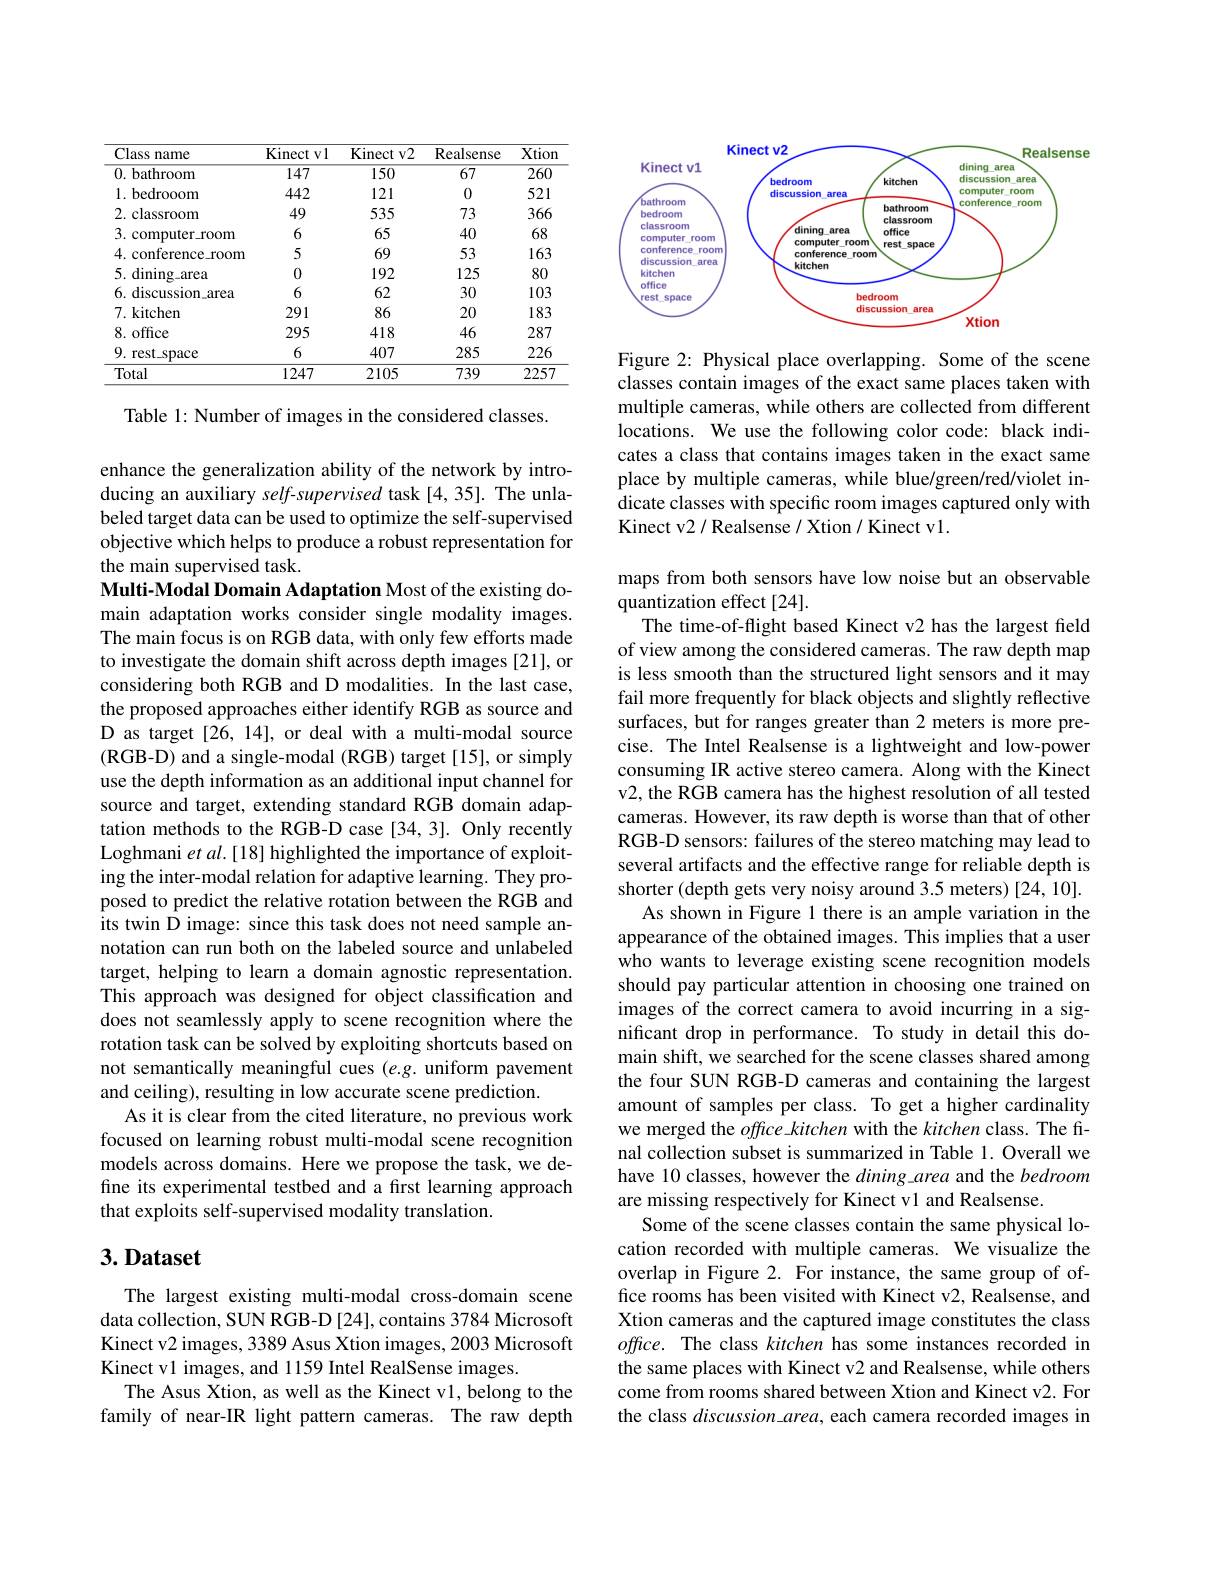
<table>
	<tbody>
		<tr>
			<th>Class name</th>
			<th>Kinect $tv1$</th>
			<th>Kinect v2</th>
			<th>Realsense</th>
			<th>Xtion</th>
		</tr>
		<tr>
			<td>0.bathroom</td>
			<td>147</td>
			<td>150</td>
			<td>$\overline{67}$</td>
			<td>$\overline{260}$</td>
		</tr>
		<tr>
			<td>1.bedrooom</td>
			<td>442</td>
			<td>121</td>
			<td>0</td>
			<td>521</td>
		</tr>
		<tr>
			<td>2. classroom</td>
			<td>49</td>
			<td>535</td>
			<td>73</td>
			<td>366</td>
		</tr>
		<tr>
			<td>3. computer\_room</td>
			<td>6</td>
			<td>65</td>
			<td>40</td>
			<td>68</td>
		</tr>
		<tr>
			<td>4. conference\_room</td>
			<td>5</td>
			<td>69</td>
			<td>53</td>
			<td>163</td>
		</tr>
		<tr>
			<td>5.dining\_area</td>
			<td>0</td>
			<td>192</td>
			<td>125</td>
			<td>80</td>
		</tr>
		<tr>
			<td>6. discussion area</td>
			<td>6</td>
			<td>62</td>
			<td>30</td>
			<td>103</td>
		</tr>
		<tr>
			<td>7. kitchen</td>
			<td>291</td>
			<td>86</td>
			<td>20</td>
			<td>183</td>
		</tr>
		<tr>
			<td>8. office</td>
			<td>295</td>
			<td>418</td>
			<td>46</td>
			<td>287</td>
		</tr>
		<tr>
			<td>9.1 rest space</td>
			<td>6</td>
			<td>407</td>
			<td>285</td>
			<td>226</td>
		</tr>
		<tr>
			<td>Total</td>
			<td>1247</td>
			<td>2105</td>
			<td>739</td>
			<td>2257</td>
		</tr>
	</tbody>
</table>

Table 1: Number of images in the considered classes.

enhance the generalization ability of the network by introducing an auxiliary self-supervised task [4,35]. The unlabeled target data can be used to optimize the self-supervised objective which helps to produce a robust representation for the main supervised task.
Multi-Modal Domain Adaptation Most of the existing domain adaptation works consider single modality images. The main focus is on RGB data, with only few efforts made to investigate the domain shift across depth images [21], or considering both RGB and D modalities. In the last case, the proposed approaches either identify RGB as source and D as target [26, 14], or deal with a multi-modal source ( RGB- D) and a single- modal ( RGB) target [ 15] , or simply use the depth information as an additional input channel for source and target, extending standard RGB domain adaptation methods to the RGB-D case [34,3]. Only recently Loghmani $et\textit{al. [ 18] highlighted the importance of exploit- }$ ing the inter-modal relation for adaptive learning. They proposed to predict the relative rotation between the RGB and its twin D image: since this task does not need sample annotation can run both on the labeled source and unlabeled target, helping to learn a domain agnostic representation. This approach was designed for object classification and does not seamlessly apply to scene recognition where the rotation task can be solved by exploiting shortcuts based on not semantically meaningful cues $(e.g.$ uniform pavement and ceiling), resulting in low accurate scene prediction.
As it is clear from the cited literature, no previous work focused on learning robust multi-modal scene recognition models across domains. Here we propose the task, we define its experimental testbed and a first learning approach that exploits self-supervised modality translation.

## $3. \textbf{Dataset}$

The largest existing multi-modal cross-domain scene data collection, SUN RGB-D [24], contains 3784 Microsoft Kinect v2 images, 3389 Asus Xtion images, 2003 Microsoft Kinect v1 images, and 1159 Intel RealSense images.
The Asus Xtion, as well as the Kinect v1, belong to the family of near-IR light pattern cameras. The raw depth

<FigureHere>

Figure 2: Physical place overlapping. Some of the scene classes contain images of the exact same places taken with multiple cameras, while others are collected from different locations. We use the following color code: black indicates a class that contains images taken in the exact same place by multiple cameras, while blue/green/red/violet in- $\hat{\text{dicate classes with specific room images captured only with}}$ Kinect v2 / Realsense / Xtion / Kinect v1.

maps from both sensors have low noise but an observable
quantization effect [24]
The time-of-flight based Kinect v2 has the largest field of view among the considered cameras. The raw depth map is less smooth than the structured light sensors and it may fail more frequently for black objects and slightly reflective surfaces, but for ranges greater than 2 meters is more precise. The Intel Realsense is a lightweight and low-power consuming IR active stereo camera. Along with the Kinect v2, the RGB camera has the highest resolution of all tested cameras. However, its raw depth is worse than that of other RGB-D sensors: failures of the stereo matching may lead to several artifacts and the effective range for reliable depth is shorter (depth gets very noisy around 3.5 meters) [24, 10].
As shown in Figure 1 there is an ample variation in the appearance of the obtained images. This implies that a user who wants to leverage existing scene recognition models should pay particular attention in choosing one trained on images of the correct camera to avoid incurring in a significant drop in performance. To study in detail this domain shift, we searched for the scene classes shared among the four SUN RGB-D cameras and containing the largest amount of samples per class. To get a higher cardinality we merged the office kitchen with the kitchen class. The final collection subset is summarized in Table 1. Overall we have 10 classes, however the dining area and the bedroom are missing respectively for Kinect v1 and Realsense
Some of the scene classes contain the same physical location recorded with multiple cameras. We visualize the overlap in Figure 2. For instance, the same group of office rooms has been visited with Kinect v2, Realsense, and Xtion cameras and the captured image constitutes the class office. The class kitchen has some instances recorded in the same places with Kinect v2 and Realsense, while others come from rooms shared between Xtion and Kinect v2. For the class discussion area, each camera recorded images in